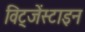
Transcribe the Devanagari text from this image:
विट्जेंस्टाइन